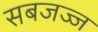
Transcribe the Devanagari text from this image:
सबजज्ज